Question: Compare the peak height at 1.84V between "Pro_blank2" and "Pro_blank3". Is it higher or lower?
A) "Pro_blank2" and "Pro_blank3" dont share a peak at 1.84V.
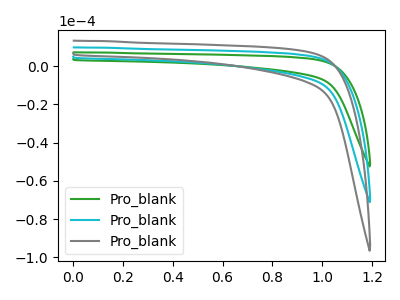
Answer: <think>The green curve "Pro_blank1" has no peaks. The cyan curve "Pro_blank2" has no peaks. The gray curve "Pro_blank3" has no peaks.</think>
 <answer>A) "Pro_blank2" and "Pro_blank3" dont share a peak at 1.84V.</answer>
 <eval>A</eval>